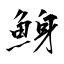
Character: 鯓